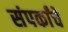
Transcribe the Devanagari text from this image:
संपर्कांचे